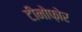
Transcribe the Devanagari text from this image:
टीनोफ़ोर